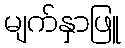
မျက်နှာဖြူ